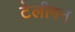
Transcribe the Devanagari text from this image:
टेलीगन